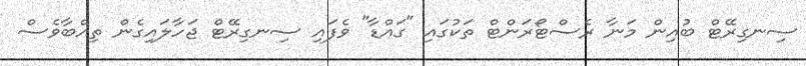
ސިނގިރޭޓް ބުއިން މަނާ ރެސްޓޯރަންޓް ތަކުގައި "ގައްޑާ" ވެފައި ސިނގިރޭޓް ޖަހާލައިގެން ތިއްބާވެސް